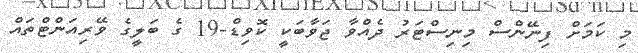
މި ކަމަށް ފިނޭންސް މިނިސްޓަރު ދެއްވާ ޖަވާބަކީ ކޮވިޑް-19 ގެ ބަލީގެ ވޭރިއަންޓްތައް